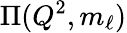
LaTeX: \Pi(Q^{2},m_{\ell})